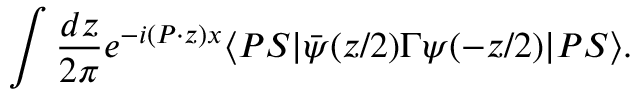
\int \frac { d z } { 2 \pi } e ^ { - i ( P \cdot z ) x } \langle P S | \bar { \psi } ( z / 2 ) \Gamma \psi ( - z / 2 ) | P S \rangle .